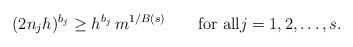
\begin{align*}(2n_jh)^{b_j}\ge h^{b_j}\,m^{1/B(s)}\qquad\textnormal{for all}j=1,2,\dots,s.\end{align*}